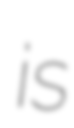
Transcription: is